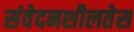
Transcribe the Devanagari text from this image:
संवेदनशीलतेस